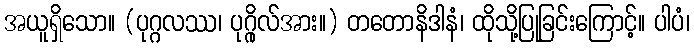
အယူရှိသော။ (ပုဂ္ဂလဿ၊ ပုဂ္ဂိုလ်အား။) တတောနိဒါနံ၊ ထိုသို့ပြုခြင်းကြောင့်။ ပါပံ၊